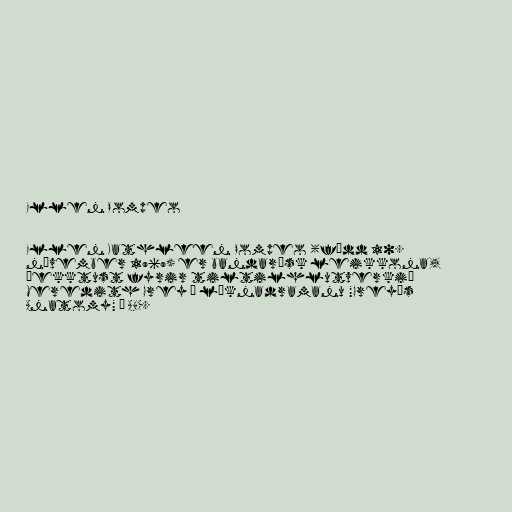
Ellen Pompeo

Ellen Kathleen Pompeo (fædd 10.
nóvember 1969) er bandarísk leikkona,
þekktust fyrir tiltilhlutverkið
Meredith Grey í læknadramanu "Grey's
Anatomy" á ABC.